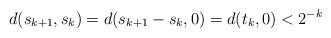
LaTeX: \begin{align*}d(s_{k+1},s_k)=d(s_{k+1}-s_k,0)=d(t_k,0) < 2^{-k}\end{align*}